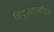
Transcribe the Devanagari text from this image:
हिंदुस्तानीवर